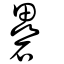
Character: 礨